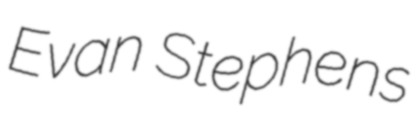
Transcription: Evan Stephens